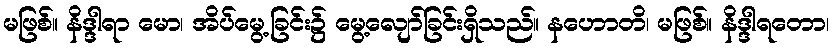
မဖြစ်။ နိဒ္ဒါရာ မော၊ အိပ်မွေ့ခြင်း၌ မွေ့လျော်ခြင်းရှိသည်။ နဟောတိ၊ မဖြစ်။ နိဒ္ဒါရတော၊